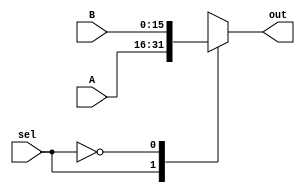
module mux_16x2(sel, A, B, out);
	input sel;
	input [15:0] A,B;
	output reg [15:0] out;

	always@*
	begin
		case(sel)
		1'b1: out = A;
		1'b0: out = B;
		endcase
	end
endmodule